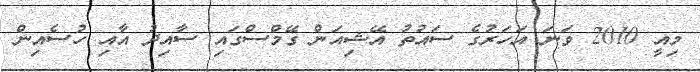
މިއީ 2010 ވަނަ އަހަރުގެ ސައުތު އޭޝިއަން ގޭމްސްގައި ސާއިދު އާއި ހުސެއިން